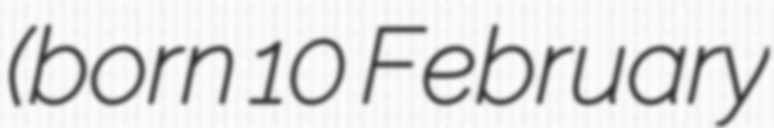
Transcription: (born 10 February